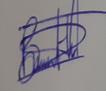
Signature authenticity: genuine